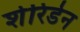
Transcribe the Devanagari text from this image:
शेरिडेन